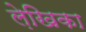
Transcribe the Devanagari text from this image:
ले़खिका